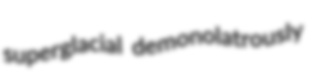
superglacial demonolatrously